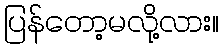
ပြန်တော့မလို့လား။